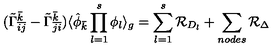
( { \tilde { \Gamma } } _ { { \bar { i } } { \bar { j } } } ^ { \bar { k } } - { \tilde { \Gamma } } _ { { \bar { j } } { \bar { i } } } ^ { \bar { k } } ) \langle { \hat { \phi } } _ { \bar { k } } \prod _ { l = 1 } ^ { s } \phi _ { l } \rangle _ { g } = \sum _ { l = 1 } ^ { s } { \cal R } _ { D _ { l } } + \sum _ { n o d e s } { \cal R } _ { \Delta } \,